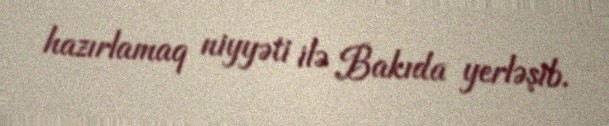
hazırlamaq niyyəti ilə Bakıda yerləşib.